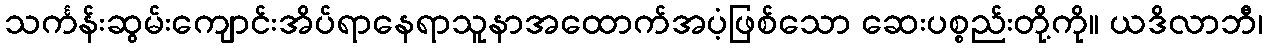
သင်္ကန်းဆွမ်းကျောင်းအိပ်ရာနေရာသူနာအထောက်အပံ့ဖြစ်သော ဆေးပစ္စည်းတို့ကို။ ယဒိလာဘီ၊